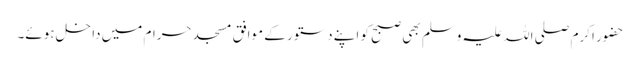
حضور اکرم صلی اللہ علیہ وسلم بھی صبح کو اپنے دستور کے موافق مسجد حرام میں داخل ہوئے۔